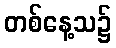
တစ်နေ့သ၌